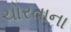
ચોરતાના